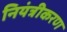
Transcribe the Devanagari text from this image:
नियंत्रीकरण